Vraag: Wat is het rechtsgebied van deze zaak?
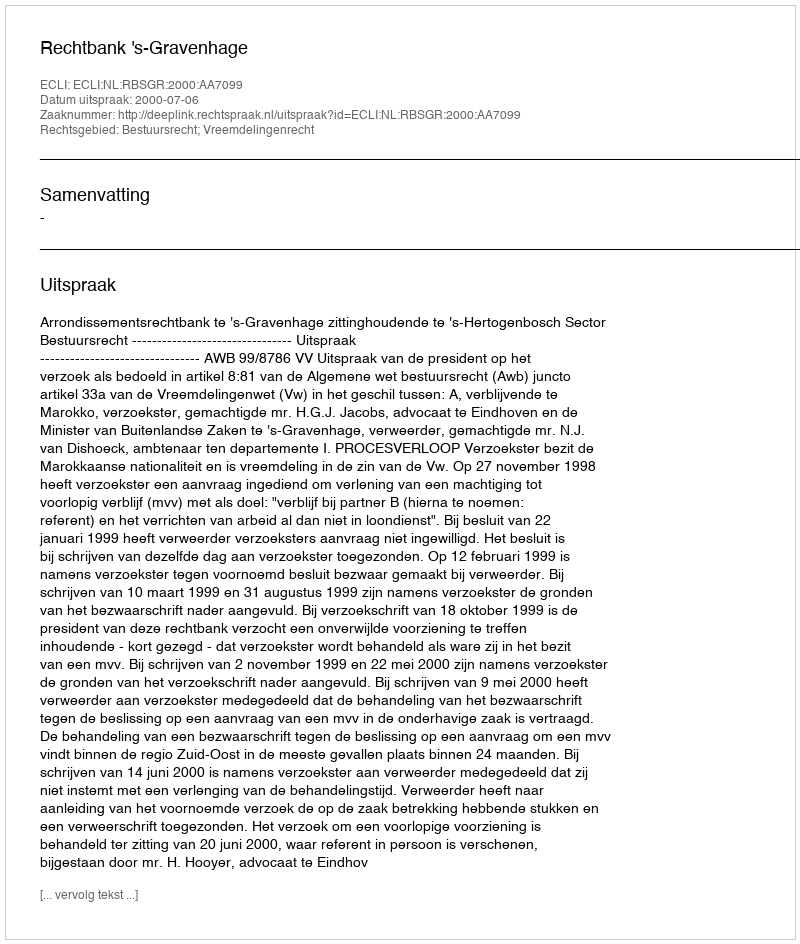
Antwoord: Bestuursrecht; Vreemdelingenrecht